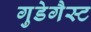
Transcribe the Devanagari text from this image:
गुडेगैस्ट